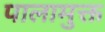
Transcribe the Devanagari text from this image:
पालामुक्त